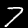
Digit: 7